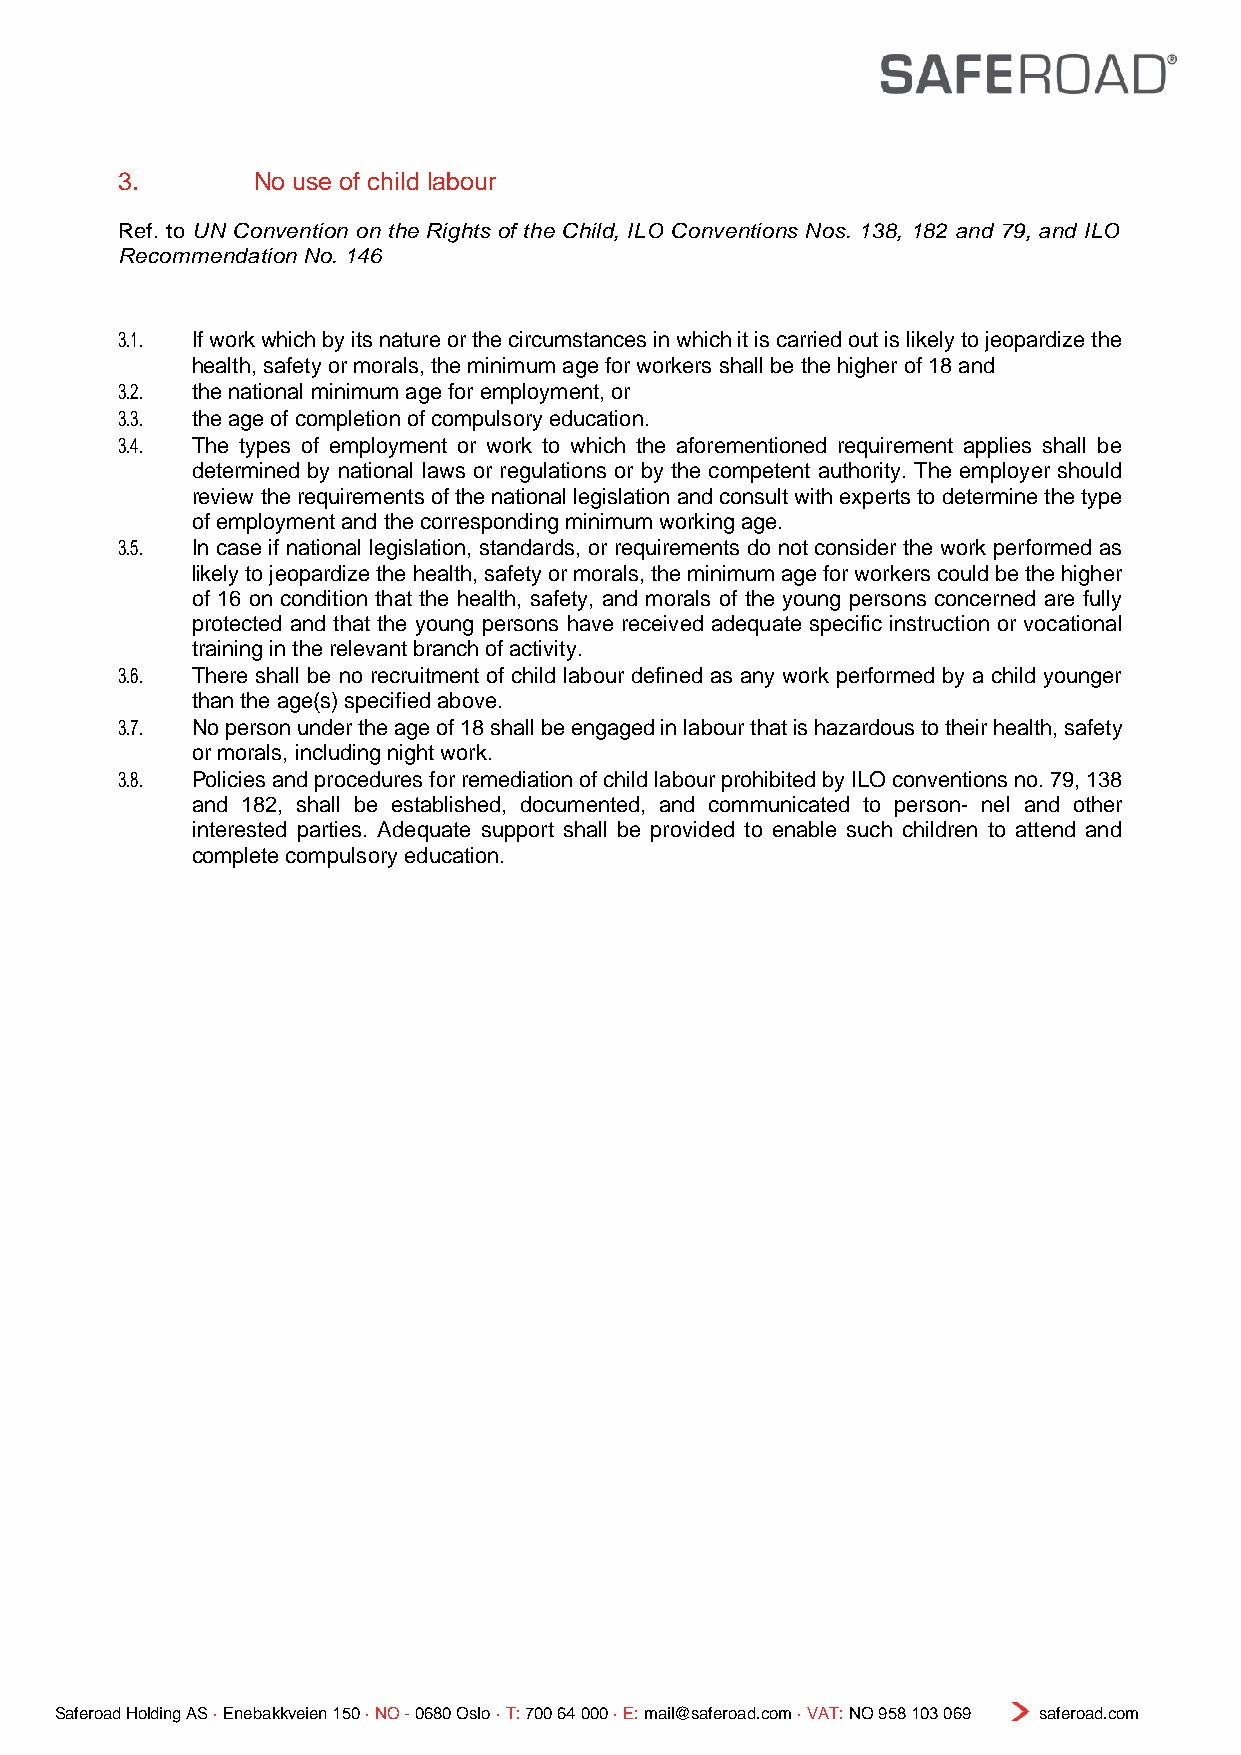
3.       No use of child labour
 Ref. to UN Convention on the Rights of the Child, ILO Conventions Nos. 138, 182 and 79, and ILO
 Recommendation No. 146
 3.1. If work which by its nature or the circumstances in which it is carried out is likely to jeopardize the
 health, safety or morals, the minimum age for workers shall be the higher of 18 and
 3.2. the national minimum age for employment, or
 3.3. the age of completion of compulsory education.
 3.4. The types of employment or work to which the aforementioned requirement applies shall be
 determined by national laws or regulations or by the competent authority. The employer should
 review the requirements of the national legislation and consult with experts to determine the type
 of employment and the corresponding minimum working age.
 3.5. In case if national legislation, standards, or requirements do not consider the work performed as
 likely to jeopardize the health, safety or morals, the minimum age for workers could be the higher
 of 16 on condition that the health, safety, and morals of the young persons concerned are fully
 protected and that the young persons have received adequate specific instruction or vocational
 training in the relevant branch of activity.
 3.6. There shall be no recruitment of child labour defined as any work performed by a child younger
 than the age(s) specified above.
 3.7. No person under the age of 18 shall be engaged in labour that is hazardous to their health, safety
 or morals, including night work.
 3.8. Policies and procedures for remediation of child labour prohibited by ILO conventions no. 79, 138
 and 182, shall be established, documented, and communicated to person- nel and other
 interested parties. Adequate support shall be provided to enable such children to attend and
 complete compulsory education.
 Saferoad Holding AS · Enebakkveien 150 · NO - 0680 Oslo · T: 700 64 000 · E: mail@saferoad.com · VAT: NO 958 103 069 saferoad.com